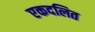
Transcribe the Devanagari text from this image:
एकदलित